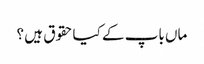
ماں باپ کے کیاحقوق ہیں ؟